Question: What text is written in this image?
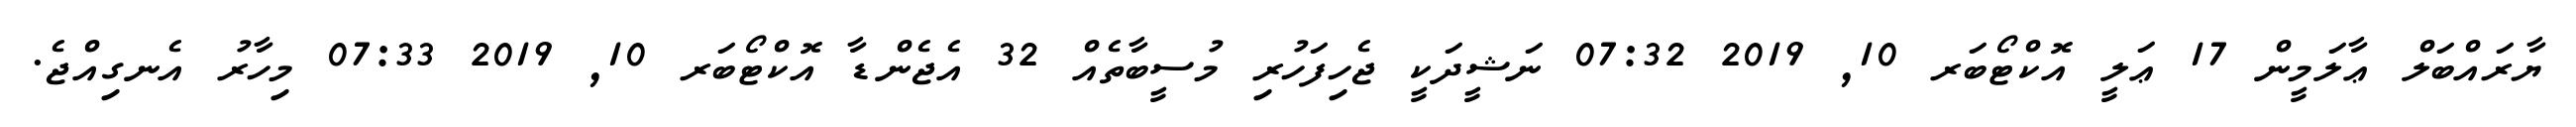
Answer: ޔާރައްބަލް ޢާލަމީން 17 ޢަލީ އޮކްޓޯބަރ 10, 2019 07:32 ނަޝީދަކީ ޖެހިފަހުރި މުސީބާތެއް 32 އެޖެންޑާ އޮކްޓޯބަރ 10, 2019 07:33 މިހާރު އެނގިއްޖެ.